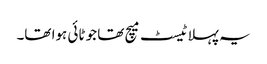
یہ پہلا ٹیسٹ میچ تھا جو ٹائی ہوا تھا۔